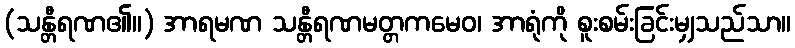
(သန္တီရဏ၏။) အာရမဏ သန္တီရဏမတ္တကမေဝ၊ အာရုံကို စူးစမ်းခြင်းမျှသည်သာ။